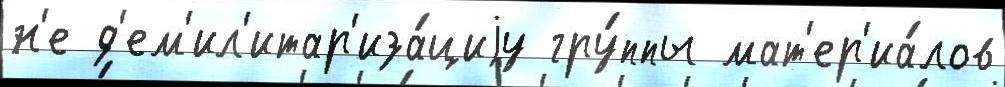
н'е д'ем'ил'итар'иза́циjу гру́ппы мат'ер'иа́лов